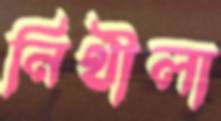
নিথীলা